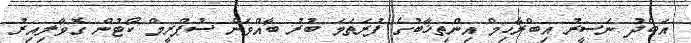
އަބްދު ނަސީރު އިބްރާހިމް އިންތިޚާބުގެ ފުރަތަމަ ބުރު ބާއްވަން ސުޕްރީމް ކޯޓުން ގޮވާލިއިރު